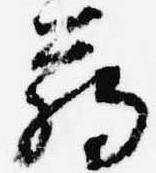
臈